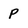
Character: P